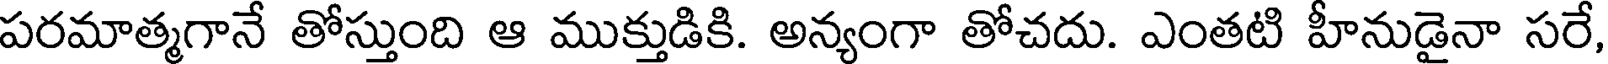
పరమాత్మగానే తోస్తుంది ఆ ముక్తుడికి. అన్యంగా తోచదు. ఎంతటి హీనుడైనా సరే